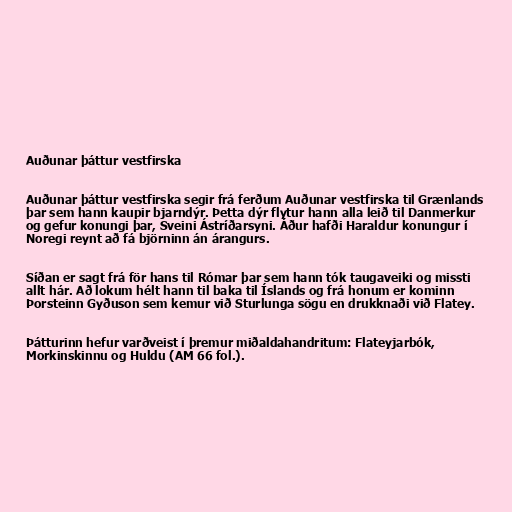
Auðunar þáttur vestfirska

Auðunar þáttur vestfirska segir frá ferðum Auðunar vestfirska til Grænlands
þar sem hann kaupir bjarndýr. Þetta dýr flytur hann alla leið til Danmerkur
og gefur konungi þar, Sveini Ástríðarsyni. Áður hafði Haraldur konungur í
Noregi reynt að fá björninn án árangurs.

Síðan er sagt frá för hans til Rómar þar sem hann tók taugaveiki og missti
allt hár. Að lokum hélt hann til baka til Íslands og frá honum er kominn
Þorsteinn Gyðuson sem kemur við Sturlunga sögu en drukknaði við Flatey.

Þátturinn hefur varðveist í þremur miðaldahandritum: Flateyjarbók,
Morkinskinnu og Huldu (AM 66 fol.).